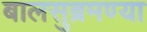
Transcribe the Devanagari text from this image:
बालसुब्रमण्या